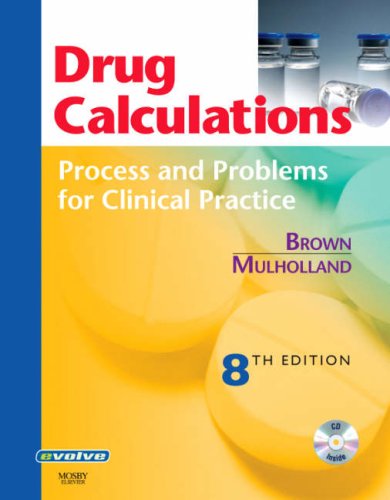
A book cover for Drug Calculations: Process and Problems for Clinical Practice, 8e; Meta Brown RN  Med; Medical Books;